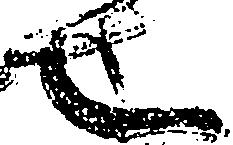
也